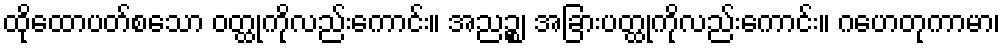
ထိုထောပတ်စသော ဝတ္ထုကိုလည်းကောင်း။ အညဉ္စ၊ အခြားပတ္ထုကိုလည်းကောင်း။ ဂဟေတုကာမာ၊